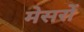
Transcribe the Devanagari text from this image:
मेसरों